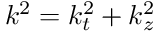
k ^ { 2 } = k _ { t } ^ { 2 } + k _ { z } ^ { 2 }